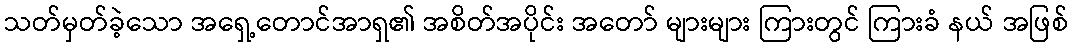
သတ်မှတ်ခဲ့သော အရှေ့တောင်အာရှ၏ အစိတ်အပိုင်း အတော် များများ ကြားတွင် ကြားခံ နယ် အဖြစ်